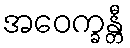
အဝေက္ခန္တီ